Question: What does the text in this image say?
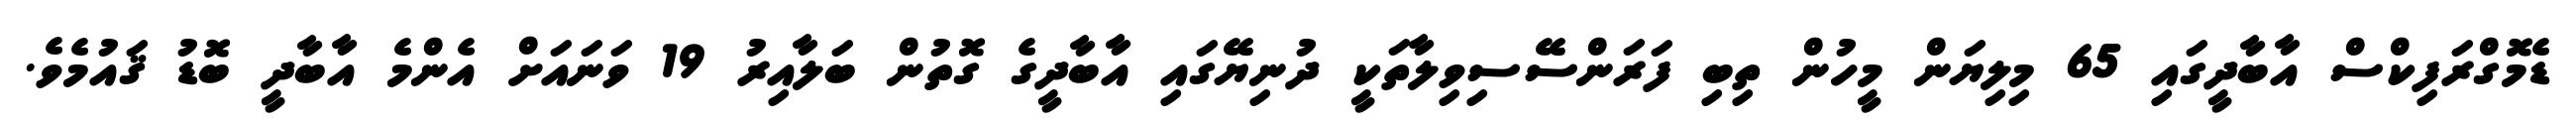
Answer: ޑެމޮގްރަފިކްސް އާބާދީގައި 65 މިލިޔަން މީހުން ތިބި ފަރަންސޭސިވިލާތަކީ ދުނިޔޭގައި އާބާދީގެ ގޮތުން ބަލާއިރު 19 ވަނައަށް އެންމެ އާބާދީ ބޮޑު ޤައުމެވެ.